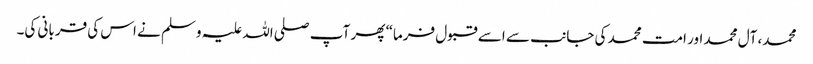
محمد، آل محمد اور امت محمد کی جانب سے اسے قبول فرما“ پھر آپ صلی اللہ علیہ وسلم نے اس کی قربانی کی۔